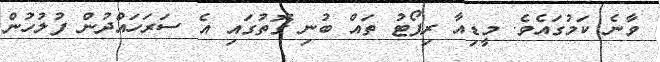
ވާނެ ކަމުގައެވެ. މީޑިއާ ރިޕޯޓު ތައް ބުނި ގޮތުގައި އެ ސަރަހައްދުން ފުލުހުން